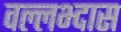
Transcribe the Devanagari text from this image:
वल्लभ्दास